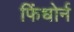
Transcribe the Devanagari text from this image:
फिंधोर्न